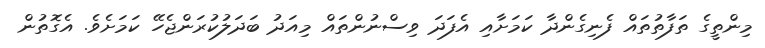
މިންތީގެ ތަފާތުތައް ފެނިގެންދާ ކަމަށާއި އެފަދަ ވިސްނުންތައް މިއަދު ބަދަލުކުރަންޖެހޭ ކަމަށެވެ. އެގޮތުން